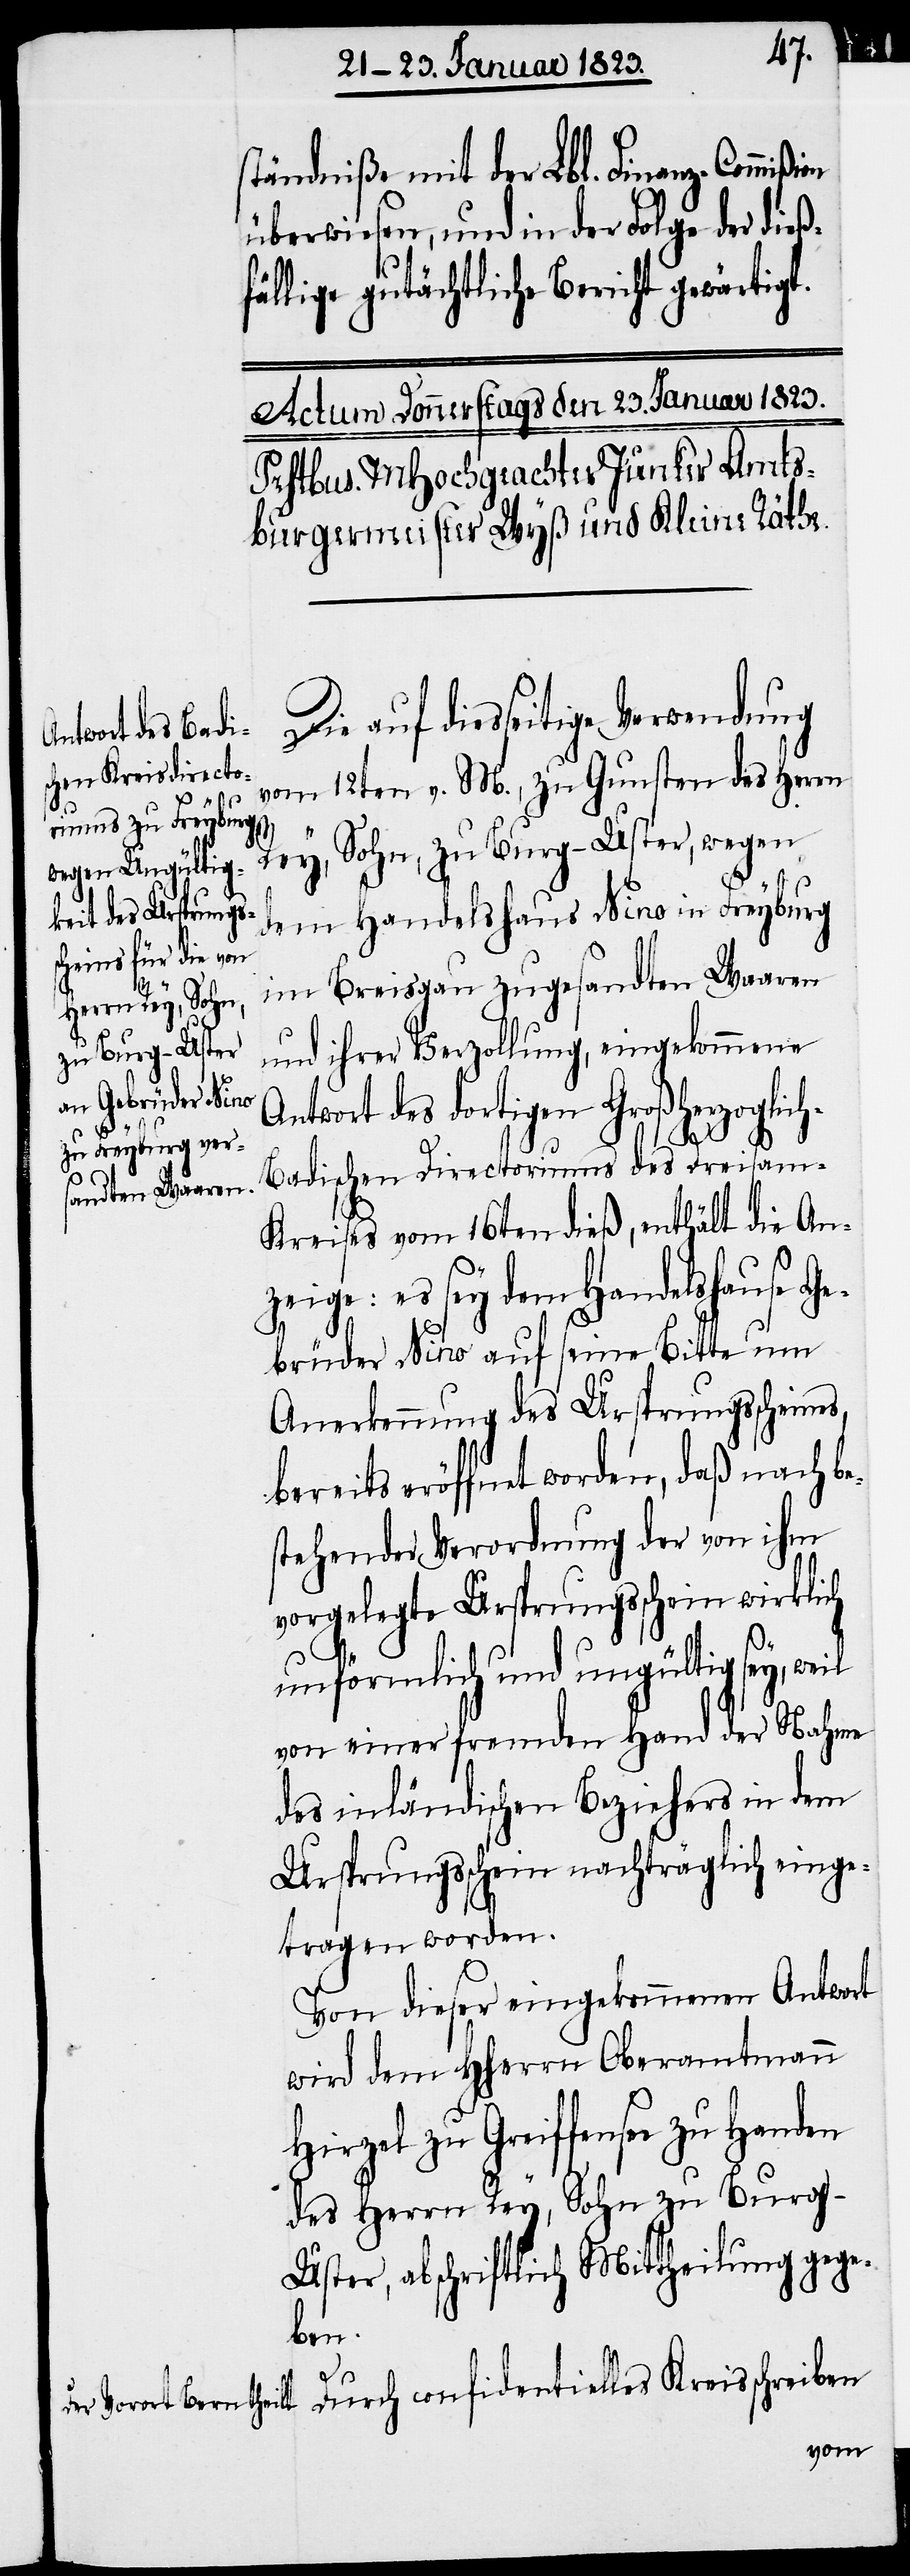
ständniße mit der Lbl. Finanz-Commißi¬
überwiesen, und in der Folge der dieß¬
fällige gutächtliche Bericht gewärtigt.
Die auf diesseitige Verwendung
vom 12ten v. M., zu Gunsten des Herrn
Rey, Sohn, zu Burg-Uster, wegen
dem Handelshaus Nino in Freyburg
im Breisgau zugesandten Waaren
und ihrer Verzollung, eingekommene
Antwort des dortigen Großherzoglic¬
h-Badischen Directoriums des Dreisam-K¬
reises vom 16ten dieß, enthält die An¬
zeige: es sey dem Handelshause Ge¬
brüder Nino auf seine Bitte um
Anerkennung des Ursprungsschein¬
bereits eröffnet worden, daß nach be¬
stehender Verordnung der von ihm
vorgelegte Ursprungsschein wirklich
unförmlich und ungültig sey, weil
von einer fremden Hand der Nahme
des inländischen Beziehers in dem
Ursprungsschein nachträglich einge¬
tragen worden.
Von dieser eingekommenen Antwort
wird dem Hherrn Oberamtmann
Hirzel zu Greiffensee zu Handen
des Herrn Rey, Sohn zu Burg-U¬
ster, abschriftlich Mittheilung gege¬
ben.
es,
Durch confidentielles Kreisschreiben
on